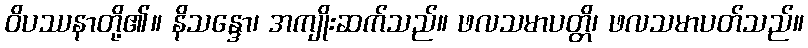
ဝိပဿနာတို့၏။ နိသန္ဒော၊ အကျိုးဆက်သည်။ ဖလသမာပတ္တိ၊ ဖလသမာပတ်သည်။